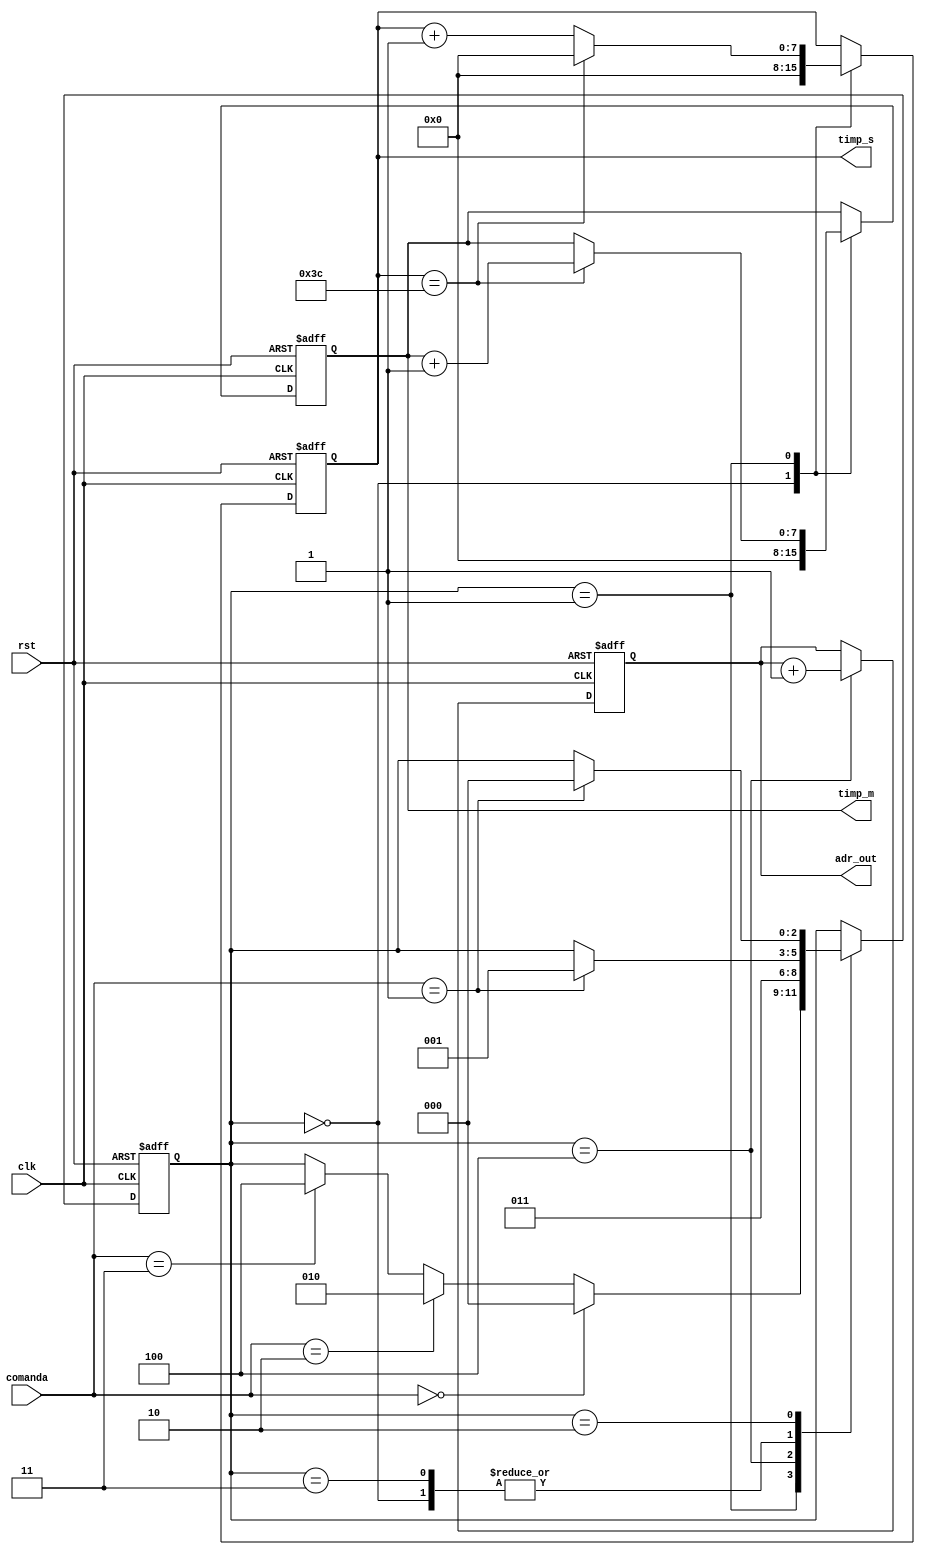
`define IDLE 3'b000
`define START 3'b001
`define STOP 3'b011
`define RESET 3'b010
`define MEM 3'b100


module clk_mng #(parameter ADR_WIDTH=10)
(
	input clk,
	input rst,
	input [1:0]comanda,
	output [7:0]timp_s,
	output [7:0] timp_m,
	output [ADR_WIDTH-1:0] adr_out
);

reg[7:0] contor_reg_s;
reg[7:0] contor_next_s;
reg [7:0] contor_reg_m;
reg [7:0]  contor_next_m;
reg[ADR_WIDTH-1:0] adr_reg, adr_next;
reg [2:0] state_reg;
reg [2:0] state_next;


always @(posedge clk or negedge rst)
begin
	if(!rst)
	begin
		contor_reg_s<=0;
		contor_reg_m<=0;
		state_reg<=3'b000;
		adr_reg<=0;
	end
	else
	begin
		contor_reg_s<=contor_next_s;
		contor_reg_m<=contor_next_m;
		state_reg<=state_next;
		adr_reg<=adr_next;
	end
end

always @(state_reg, contor_reg_s,contor_reg_m)
begin
	state_next=state_reg;
	contor_next_s=contor_reg_s;
	adr_next=adr_reg;
	contor_next_m=contor_reg_m;
	case(state_reg)
	
	`IDLE: begin
		contor_next_s=0;
		contor_next_m=0;
		if(comanda==2'b01)
			state_next=`START;
		end

	`START: begin
		
		//contor_next=contor_reg;
		contor_next_s=contor_reg_s+1;
		if(contor_reg_s==60) begin
 			contor_next_s=0;
			contor_next_m=contor_reg_m+1;
			
			end							
		if(comanda==2'b11)
			state_next=`MEM;
		if(comanda==2'b10)
			state_next=`RESET;
		if(comanda==2'b00)
			state_next=`IDLE;
		end

	`MEM: begin
		state_next=`STOP;
		adr_next=adr_reg+1;
		
	      end
	`STOP: begin
		if(comanda==2'b01)
			state_next=`START;
		end

	
	
	`RESET: begin
		
		if(comanda==2'b01)
			state_next=`IDLE;
		end
		
		//contor_next=contor_reg;
	
 		//contor_next<=contor_reg+1;
	endcase
	
end

assign timp_s=contor_reg_s;
assign timp_m=contor_reg_m;
assign adr_out=adr_reg;

endmodule